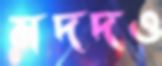
মদদও